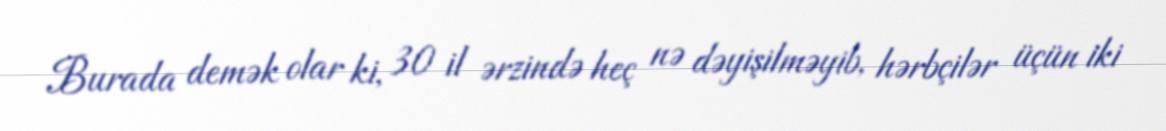
Burada demək olar ki, 30 il ərzində heç nə dəyişilməyib, hərbçilər üçün iki